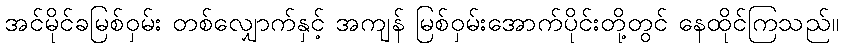
အင်မိုင်ခမြစ်ဝှမ်း တစ်လျှောက်နှင့် အကျန် မြစ်ဝှမ်းအောက်ပိုင်းတို့တွင် နေထိုင်ကြသည်။